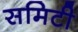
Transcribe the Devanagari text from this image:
समिटी